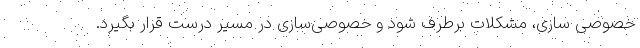
خصوصی سازی، مشکلات برطرف شود و خصوصی‌سازی در مسیر درست قرار بگیرد.